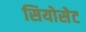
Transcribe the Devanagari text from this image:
सियोसेट